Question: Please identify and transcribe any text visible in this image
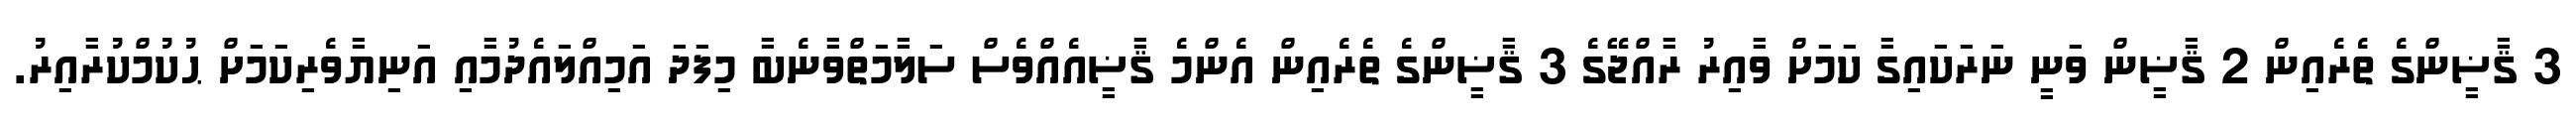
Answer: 3 ޤާޟީންގެ ތެރެއިން 2 ޤާޟީން ވަނީ ނަރަކައިގާ ކަމަށް ވާއިރު ރާއްޖޭގެ 3 ޤާޟީންގެ ތެރެއިން އެންމެ ޤާޟީއެއްވެސް ސަލާމަތްވާނެބާ މިފަދަ އަމިއްލައެދުމާއި އަނިޔާވެރިކަމަށް ޙުކުމްކުރާއިރު.